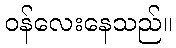
ဝန်လေးနေသည်။